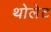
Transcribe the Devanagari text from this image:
थोलेट